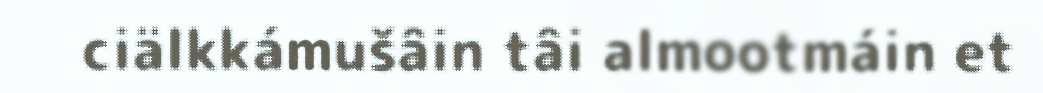
ciälkkámušâin tâi almootmáin et